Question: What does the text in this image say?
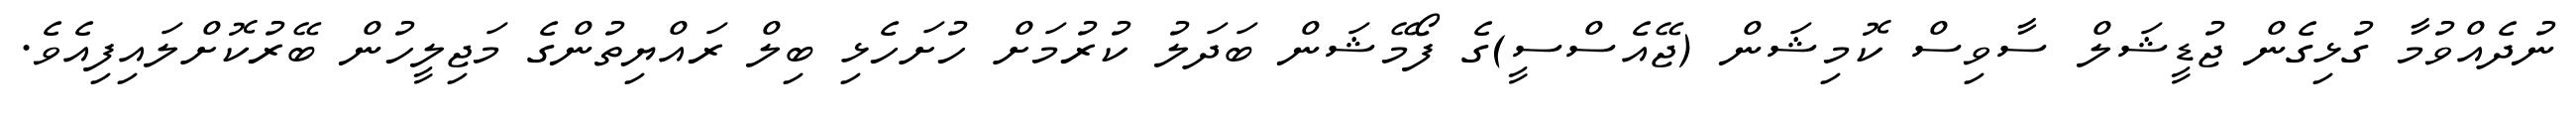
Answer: ނުދެއްވުމާ ގުޅިގެން ޖުޑީޝަލް ސާވިސް ކޮމިޝަން (ޖޭއެސްސީ)ގެ ފޯމޭޝަން ބަދަލު ކުރުމަށް ހުށަހެޅި ބިލް ރައްޔިތުންގެ މަޖިލީހުން ބޭރުކޮށްލައިފިއެވެ.